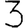
Digit: 3